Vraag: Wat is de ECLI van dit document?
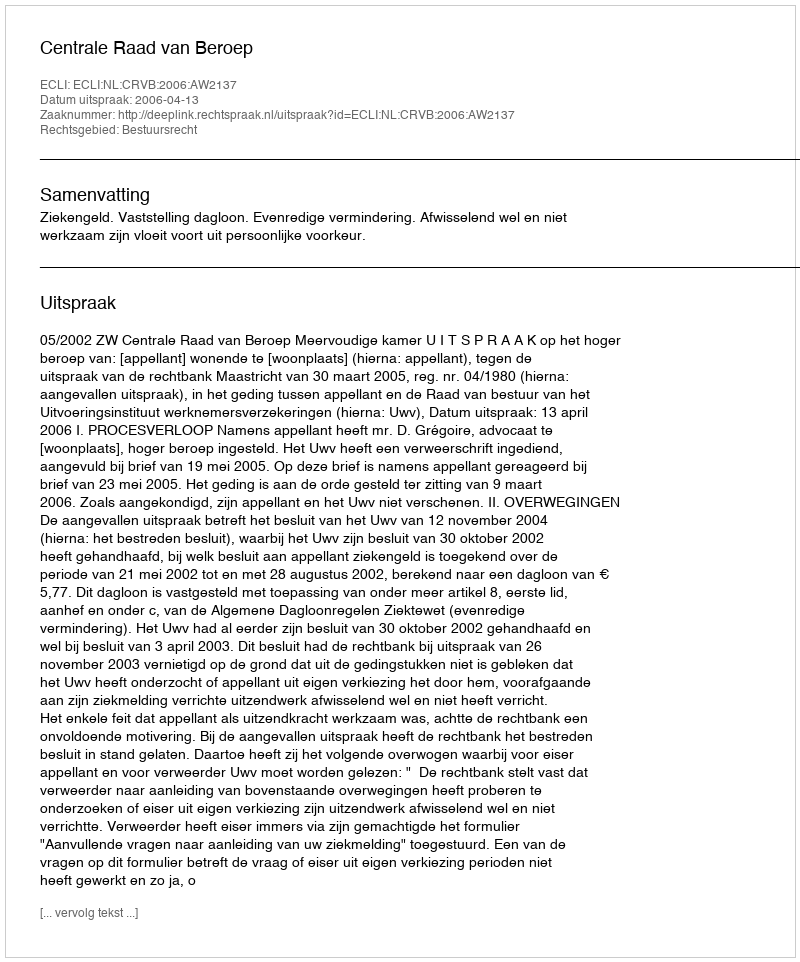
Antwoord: ECLI:NL:CRVB:2006:AW2137